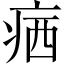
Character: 𤶈